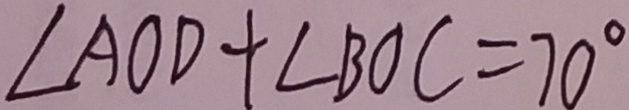
\angle A O D + \angle B O C = 7 0 ^ { \circ }